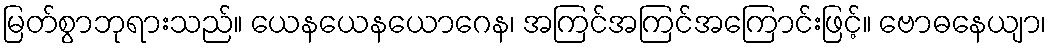
မြတ်စွာဘုရားသည်။ ယေနယေနယောဂေန၊ အကြင်အကြင်အကြောင်းဖြင့်။ ဗောဓနေယျာ၊